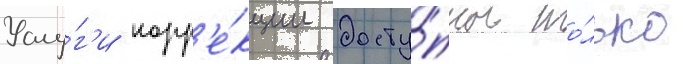
Услу́г'и корр'е́кции досту́пны то́лько